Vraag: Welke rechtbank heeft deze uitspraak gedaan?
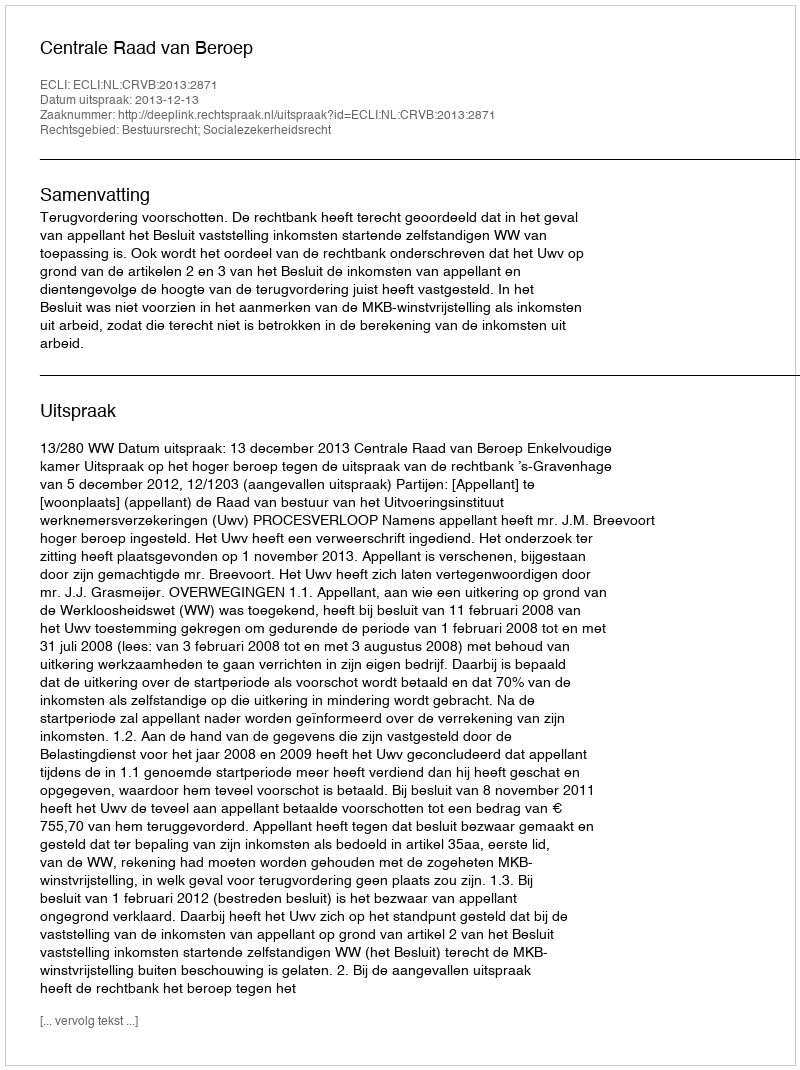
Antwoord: Centrale Raad van Beroep